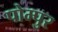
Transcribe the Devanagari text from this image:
पोम्पुर